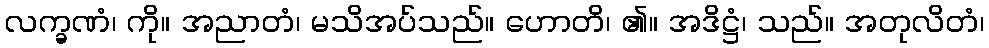
လက္ခဏံ၊ ကို။ အညာတံ၊ မသိအပ်သည်။ ဟောတိ၊ ၏။ အဒိဋ္ဌံ၊ သည်။ အတုလိတံ၊